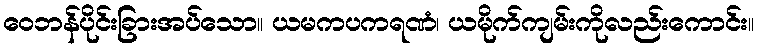
ဝေဘန်ပိုင်းခြားအပ်သော။ ယမကပကရဏံ၊ ယမိုက်ကျမ်းကိုလည်းကောင်း။